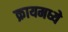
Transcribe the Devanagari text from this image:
क्रायमध्ये